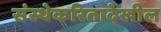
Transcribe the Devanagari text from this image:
संस्थेकरितादेखील